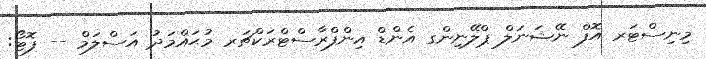
މިނިސްޓަރ އޮފް ނޭޝަނަލް ޕްލޭނިންގ އެންޑް އިންފްރާސްޓްރަކްޗަރ މުޙައްމަދު އަސްލަމް -- ފޮޓޯ: